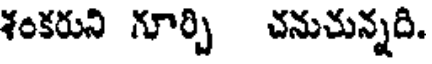
శంకరుని గూర్చి చనుచున్నది.